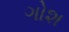
ગોશ